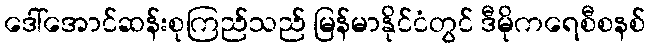
ဒေါ်အောင်ဆန်းစုကြည်သည် မြန်မာနိုင်ငံတွင် ဒီမိုကရေစီစနစ်